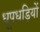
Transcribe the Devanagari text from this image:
धूपधड़ियों